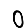
Digit: 0